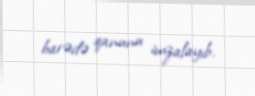
barədə qanunu imzalayıb.